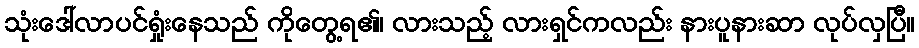
သုံးဒေါ်လာပင်ရှုံးနေသည် ကိုတွေ့ရ၏၊ လားသည့် လားရှင်ကလည်း နားပူနားဆာ လုပ်လှပြီ။